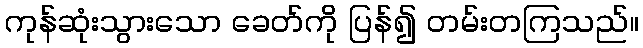
ကုန်ဆုံးသွားသော ခေတ်ကို ပြန်၍ တမ်းတကြသည်။